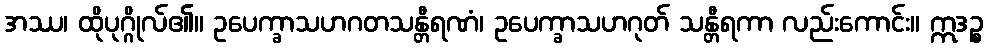
အဿ၊ ထိုပုဂ္ဂိုလ်၏။ ဥပေက္ခာသဟဂတသန္တီရဏံ၊ ဥပေက္ခာသဟဂုတ် သန္တီရကာ လည်းကောင်း။ ဣဒဉ္စ